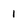
Character: 1